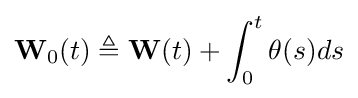
\mathbf {W} _{0}(t)\triangleq \mathbf {W} (t)+\int _{0}^{t}\theta (s)ds